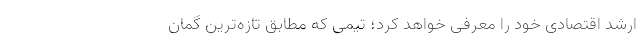
ارشد اقتصادی خود را معرفی خواهد کرد؛ تیمی که مطابق تازه‌ترین گمان